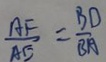
\frac { A E } { A E } = \frac { B D } { B A }